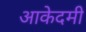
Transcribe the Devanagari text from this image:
आकेदमी